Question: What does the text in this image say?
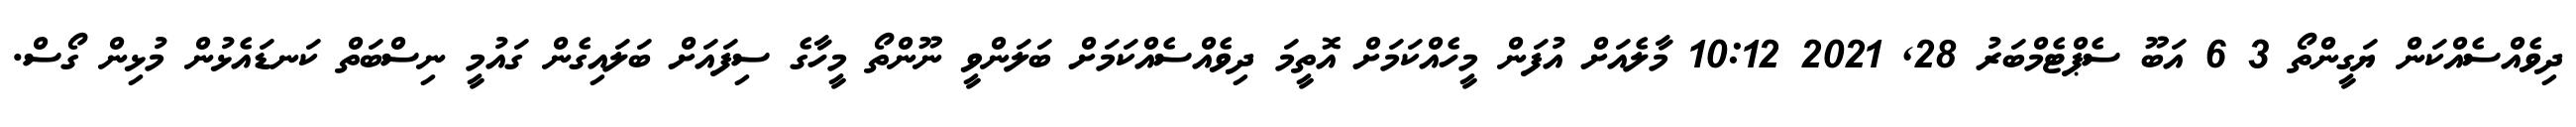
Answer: ދިވެއްސެއްކަން ޔަގީންތޯ 3 6 އަބޫ ސެޕްޓެމްބަރު 28, 2021 10:12 މާލެއަށް އުފަން މީހެއްކަމަށް އޮތީމަ ދިވެއްސެއްކަމަށް ބަލަންވީ ނޫންތޯ މީހާގެ ސިފައަށް ބަލައިގެން ގައުމީ ނިސްބަތް ކަނޑައެޅުން މުޅިން ގޯސް.